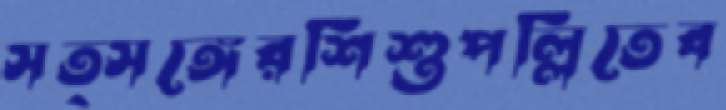
সত্সঙ্গেরশিশুপল্লিতেব